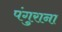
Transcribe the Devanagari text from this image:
पंगुराना